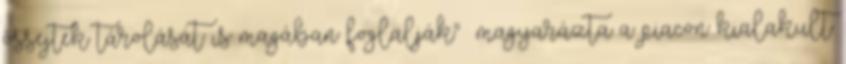
őssejtek tárolását is magában foglalják"– magyarázta a piacon kialakult